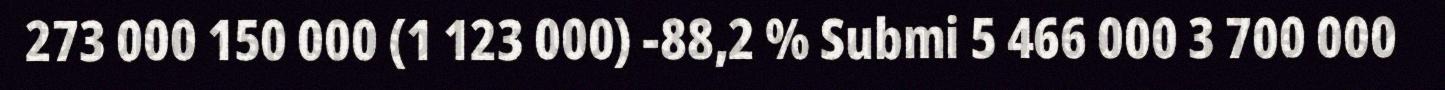
273 000 150 000 (1 123 000) -88,2 % Submi 5 466 000 3 700 000